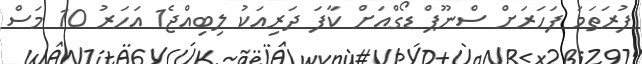
ފުރަތަމަ ފަހަރަށް ސްނޫޕް ޑޯގްއަށް ކާފަ ދަރިއަކު ލިބިއްޖެ1 އަހަރު 10 މަސް